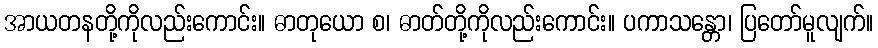
အာယတနတို့ကိုလည်းကောင်း။ ဓာတုယော စ၊ ဓာတ်တို့ကိုလည်းကောင်း။ ပကာသန္တော၊ ပြတော်မူလျက်။